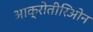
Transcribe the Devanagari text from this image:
आक्रोतीरिओन